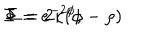
LaTeX: \Phi = e ^ { - 2 \phi } , \hspace { 1 c m } \Sigma = 2 \kappa ( \phi - \rho )